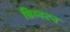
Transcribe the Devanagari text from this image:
बिल्स्टन